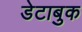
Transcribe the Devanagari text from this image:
डेटाबुक